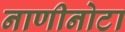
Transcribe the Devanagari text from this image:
नाणीनोटा